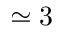
\simeq 3